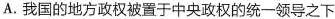
A.我国的地方政权被置于中央政权的统一领导之下